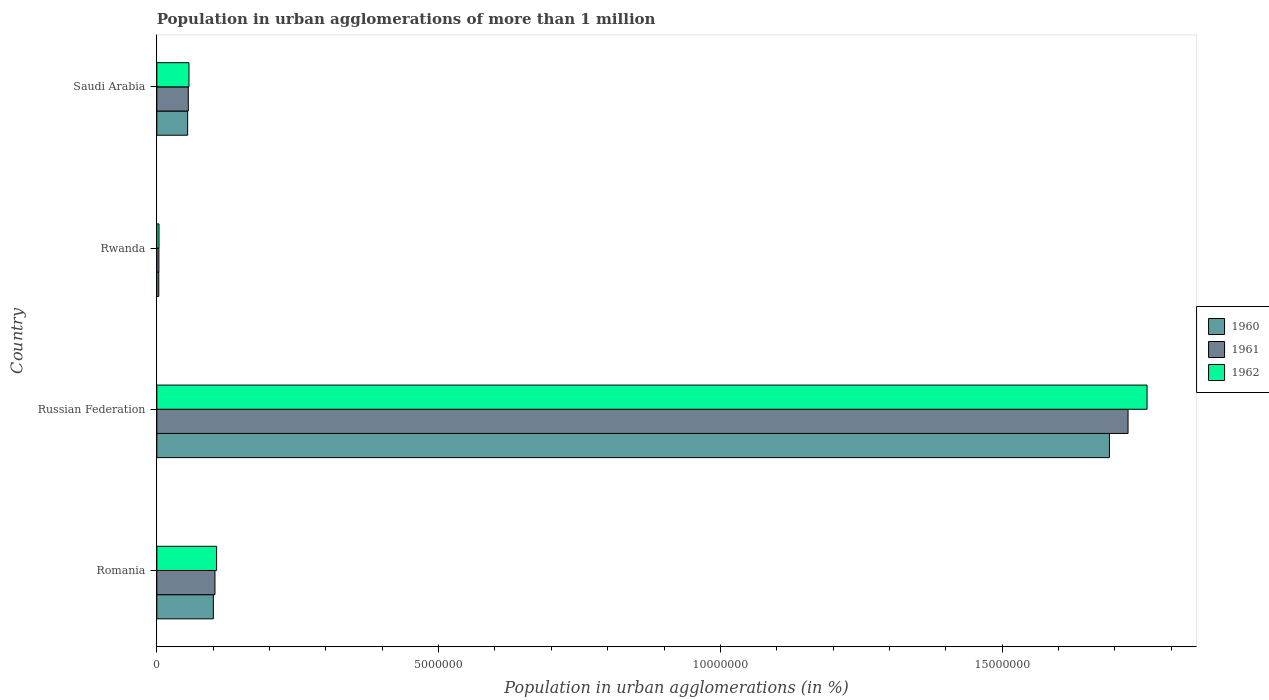
| Country | 1960 | 1961 | 1962 |
 | --- | --- | --- | --- |
 | Romania | 1e+06 | 1.03e+06 | 1.06e+06 |
 | Russian Federation | 1.69e+07 | 1.72e+07 | 1.76e+07 |
 | Rwanda | 3.43e+04 | 3.63e+04 | 3.83e+04 |
 | Saudi Arabia | 5.47e+05 | 5.58e+05 | 5.7e+05 |